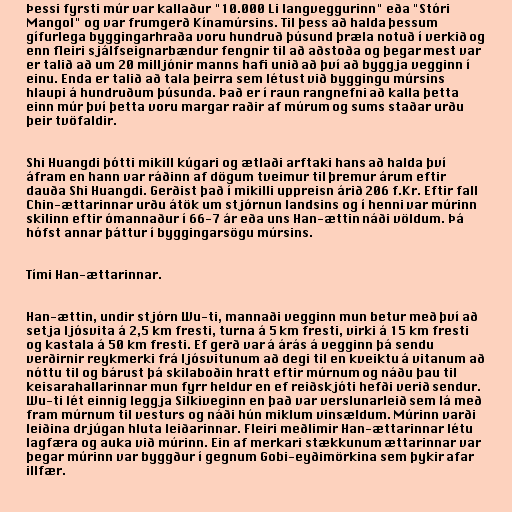
Þessi fyrsti múr var kallaður "10.000 Li langveggurinn" eða "Stóri
Mangol" og var frumgerð Kínamúrsins. Til þess að halda þessum
gífurlega byggingarhraða voru hundruð þúsund þræla notuð í verkið og
enn fleiri sjálfseignarbændur fengnir til að aðstoða og þegar mest var
er talið að um 20 milljónir manns hafi unið að því að byggja vegginn í
einu. Enda er talið að tala þeirra sem létust við byggingu múrsins
hlaupi á hundruðum þúsunda. Það er í raun rangnefni að kalla þetta
einn múr því þetta voru margar raðir af múrum og sums staðar urðu
þeir tvöfaldir.

Shi Huangdi þótti mikill kúgari og ætlaði arftaki hans að halda því
áfram en hann var ráðinn af dögum tveimur til þremur árum eftir
dauða Shi Huangdi. Gerðist það í mikilli uppreisn árið 206 f.Kr. Eftir fall
Chin-ættarinnar urðu átök um stjórnun landsins og í henni var múrinn
skilinn eftir ómannaður í 66-7 ár eða uns Han-ættin náði völdum. Þá
hófst annar þáttur í byggingarsögu múrsins.

Tími Han-ættarinnar.

Han-ættin, undir stjórn Wu-ti, mannaði vegginn mun betur með því að
setja ljósvita á 2,5 km fresti, turna á 5 km fresti, virki á 15 km fresti
og kastala á 50 km fresti. Ef gerð var á árás á vegginn þá sendu
verðirnir reykmerki frá ljósvitunum að degi til en kveiktu á vitanum að
nóttu til og bárust þá skilaboðin hratt eftir múrnum og náðu þau til
keisarahallarinnar mun fyrr heldur en ef reiðskjóti hefði verið sendur.
Wu-ti lét einnig leggja Silkiveginn en það var verslunarleið sem lá með
fram múrnum til vesturs og náði hún miklum vinsældum. Múrinn varði
leiðina drjúgan hluta leiðarinnar. Fleiri meðlimir Han-ættarinnar létu
lagfæra og auka við múrinn. Ein af merkari stækkunum ættarinnar var
þegar múrinn var byggður í gegnum Gobi-eyðimörkina sem þykir afar
illfær.